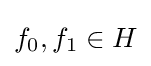
f_{0},f_{1}\in H